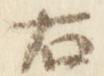
右